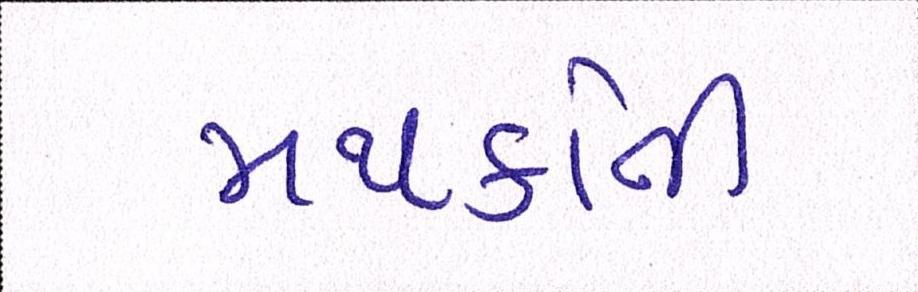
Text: મથકોની